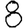
Digit: 8